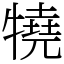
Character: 㹓